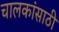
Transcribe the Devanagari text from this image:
चालकांसाठी